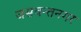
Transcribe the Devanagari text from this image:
जसवन्तनगर